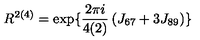
R ^ { 2 ( 4 ) } = { \mathrm { e x p } } \{ \frac { 2 \pi i } { 4 ( 2 ) } \left( J _ { 6 7 } + 3 J _ { 8 9 } \right) \}